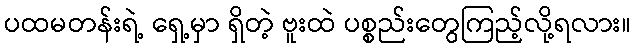
ပထမတန်းရဲ့ ရှေ့မှာ ရှိတဲ့ ဗူးထဲ ပစ္စည်းတွေကြည့်လို့ရလား။